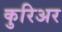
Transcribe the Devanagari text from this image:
कुरिअर